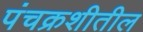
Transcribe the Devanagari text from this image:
पंचक्रशीतील